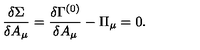
\frac { \delta \Sigma } { \delta A _ { \mu } } = \frac { \delta \Gamma ^ { ( 0 ) } } { \delta A _ { \mu } } - \Pi _ { \mu } = 0 .